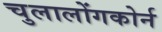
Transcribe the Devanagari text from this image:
चुलालोंगकोर्न